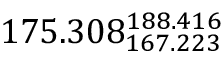
1 7 5 . 3 0 8 _ { 1 6 7 . 2 2 3 } ^ { 1 8 8 . 4 1 6 }